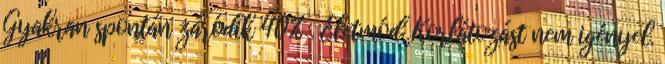
Gyakran spontán záródik 40% . Életmód: Korlátozást nem igényel.